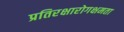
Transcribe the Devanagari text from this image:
प्रतिरक्षारोगक्षमता